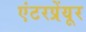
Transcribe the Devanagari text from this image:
एंटरप्रेंयूर